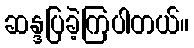
ဆန္ဒပြခဲ့ကြပါတယ်။